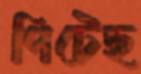
পিটেছ